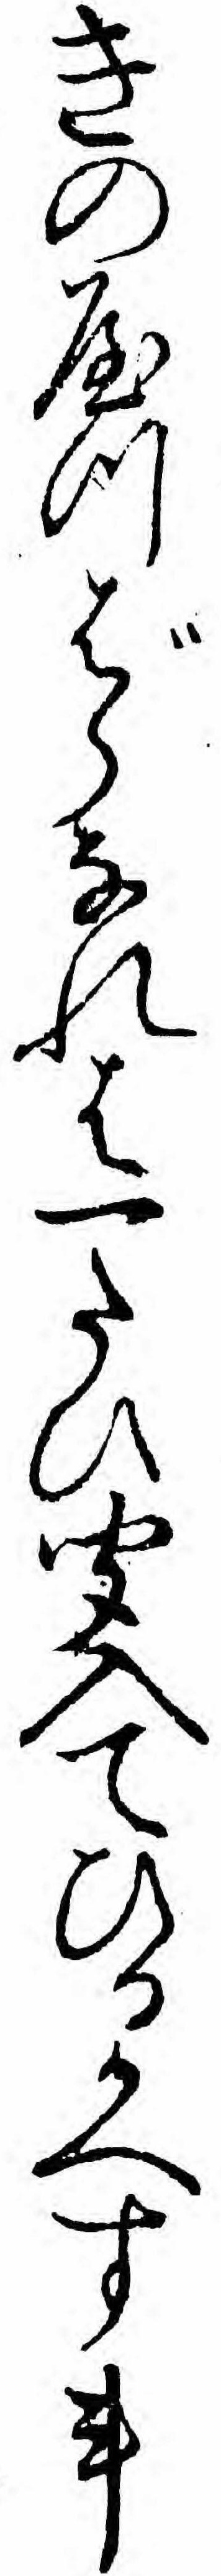
きのやつばらなれは一たひ聞入てひるかへす事